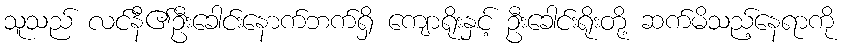
သူသည် လင်နီ၏ဦးခေါင်းနောက်ဘက်ရှိ ကျောရိုးနှင့် ဦးခေါင်းရိုးတို့ ဆက်မိသည့်နေရာကို